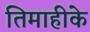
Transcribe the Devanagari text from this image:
तिमाहीके